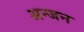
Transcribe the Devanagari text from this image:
अन्जन